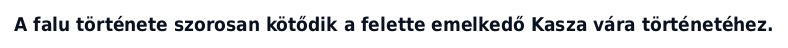
A falu története szorosan kötődik a felette emelkedő Kasza vára történetéhez.